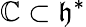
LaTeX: \mathbb{C}\subset{\mathfrak{{h}}}^{*}